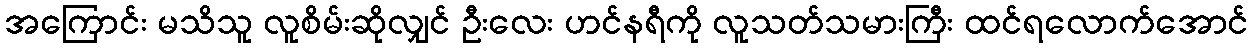
အကြောင်း မသိသူ လူစိမ်းဆိုလျှင် ဦးလေး ဟင်နရီကို လူသတ်သမားကြီး ထင်ရလောက်အောင်